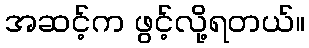
အဆင့်က ဖွင့်လို့ရတယ်။